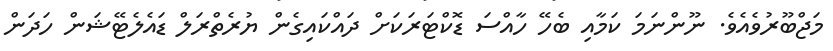
މަޖްބޫރުވެއެވެ. ނޫންނަމަ ކަމާއި ބެހޭ ހާއްސަ ޑޮކްޓަރަކަށް ދައްކައިގެން ޔުރެތްރަލް ޑައެލެޓޭޝަން ހަދަން